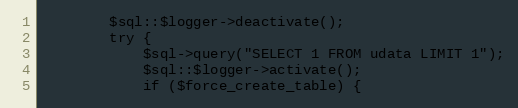
Language: PHP
		$sql::$logger->deactivate();
		try {
			$sql->query("SELECT 1 FROM udata LIMIT 1");
			$sql::$logger->activate();
			if ($force_create_table) {